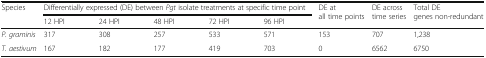
| <ROWSPAN=2> Species | <COLSPAN=5> Differentially expressed (DE) between Pgt isolate treatments at specific time point | <ROWSPAN=2> DE at all time points | <ROWSPAN=2> DE across time series | <ROWSPAN=2> Total DE genes non-redundant |
 | 12 HPI | 24 HPI | 48 HPI | 72 HPI | 96 HPI |
 | --- | --- | --- | --- | --- | --- | --- | --- | --- |
 | P. graminis | 317 | 308 | 257 | 533 | 571 | 153 | 707 | 1,238 |
 | T. aestivum | 167 | 182 | 177 | 419 | 703 | 0 | 6562 | 6750 |